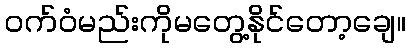
ဝက်ဝံမည်းကိုမတွေ့နိုင်တော့ချေ။